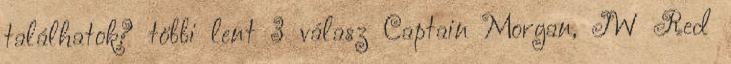
találhatok? többi lent 3 válasz Captain Morgan, JW Red